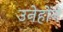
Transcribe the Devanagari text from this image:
उनेहोंने